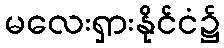
မလေးရှားနိုင်ငံ၌